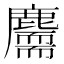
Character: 𪋣